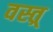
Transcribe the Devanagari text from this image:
वस्त्र्